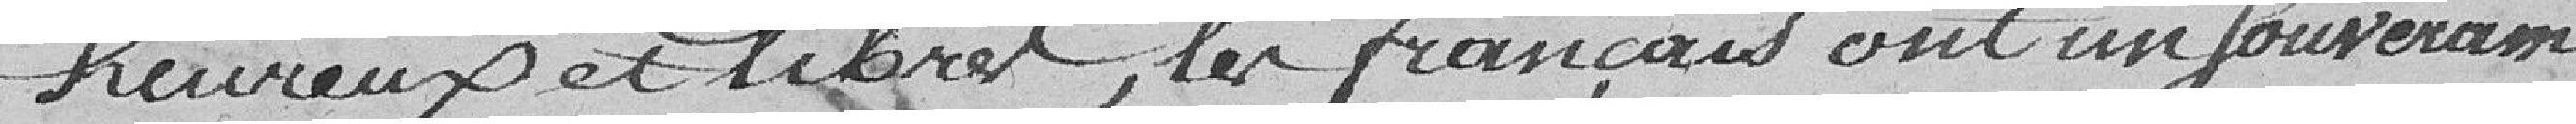
heureux et libres, les Français ont un souverain